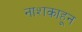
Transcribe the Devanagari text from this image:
नाशकाहून